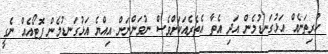
ހުރިތަނެއް އަޅުގަނޑުމެން އަދި އެތާ އެތެރެއަކަށްވެސް ނުވަންނަން އިއްޔެ އަޅުގަނޑުމެން ފޮޓޯއެއް ނެގީ